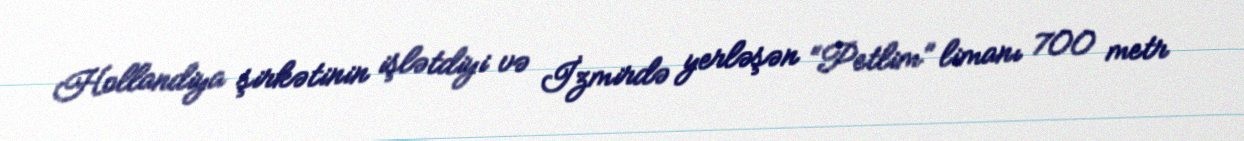
Hollandiya şirkətinin işlətdiyi və İzmirdə yerləşən “Petlim” limanı 700 metr